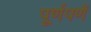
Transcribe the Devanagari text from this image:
पूर्णपणें